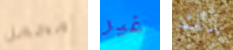
محمل غير بذلك